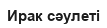
Ирак сәулеті